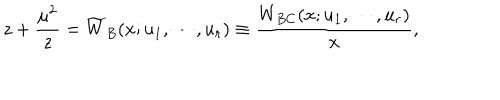
z + { \frac { \mu ^ { 2 } } { z } } = \widetilde { W } _ { B } ( x ; u _ { 1 } , \cdots , u _ { r } ) \equiv { \frac { W _ { B C } ( x ; u _ { 1 } , \cdots , u _ { r } ) } { x } } ,